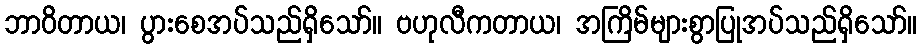
ဘာဝိတာယ၊ ပွားစေအပ်သည်ရှိသော်။ ဗဟုလီကတာယ၊ အကြိမ်များစွာပြုအပ်သည်ရှိသော်။